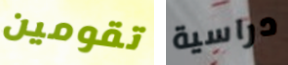
تقومين دراسية